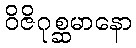
ဝိဇိဂုစ္ဆမာနော